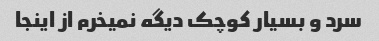
سرد و بسیار کوچک دیگه نمیخرم از اینجا